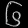
Digit: ၆